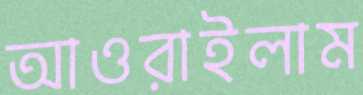
আওরাইলাম